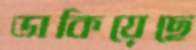
ডাকিয়েছে